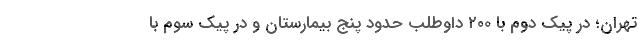
تهران؛ در پیک دوم با ۲۰۰ داوطلب حدود پنج بیمارستان و در پیک سوم با